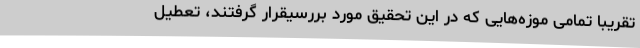
تقریبا تمامی موزه‌هایی که در این تحقیق مورد بررسیقرار گرفتند،‌ تعطیل